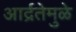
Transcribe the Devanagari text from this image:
आर्द्रतेमुळे